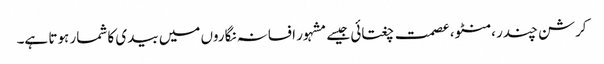
کرشن چندر ،منٹو، عصمت چغتائی جیسے مشہور افسانہ نگاروں میں بیدی کا شمار ہوتا ہے۔